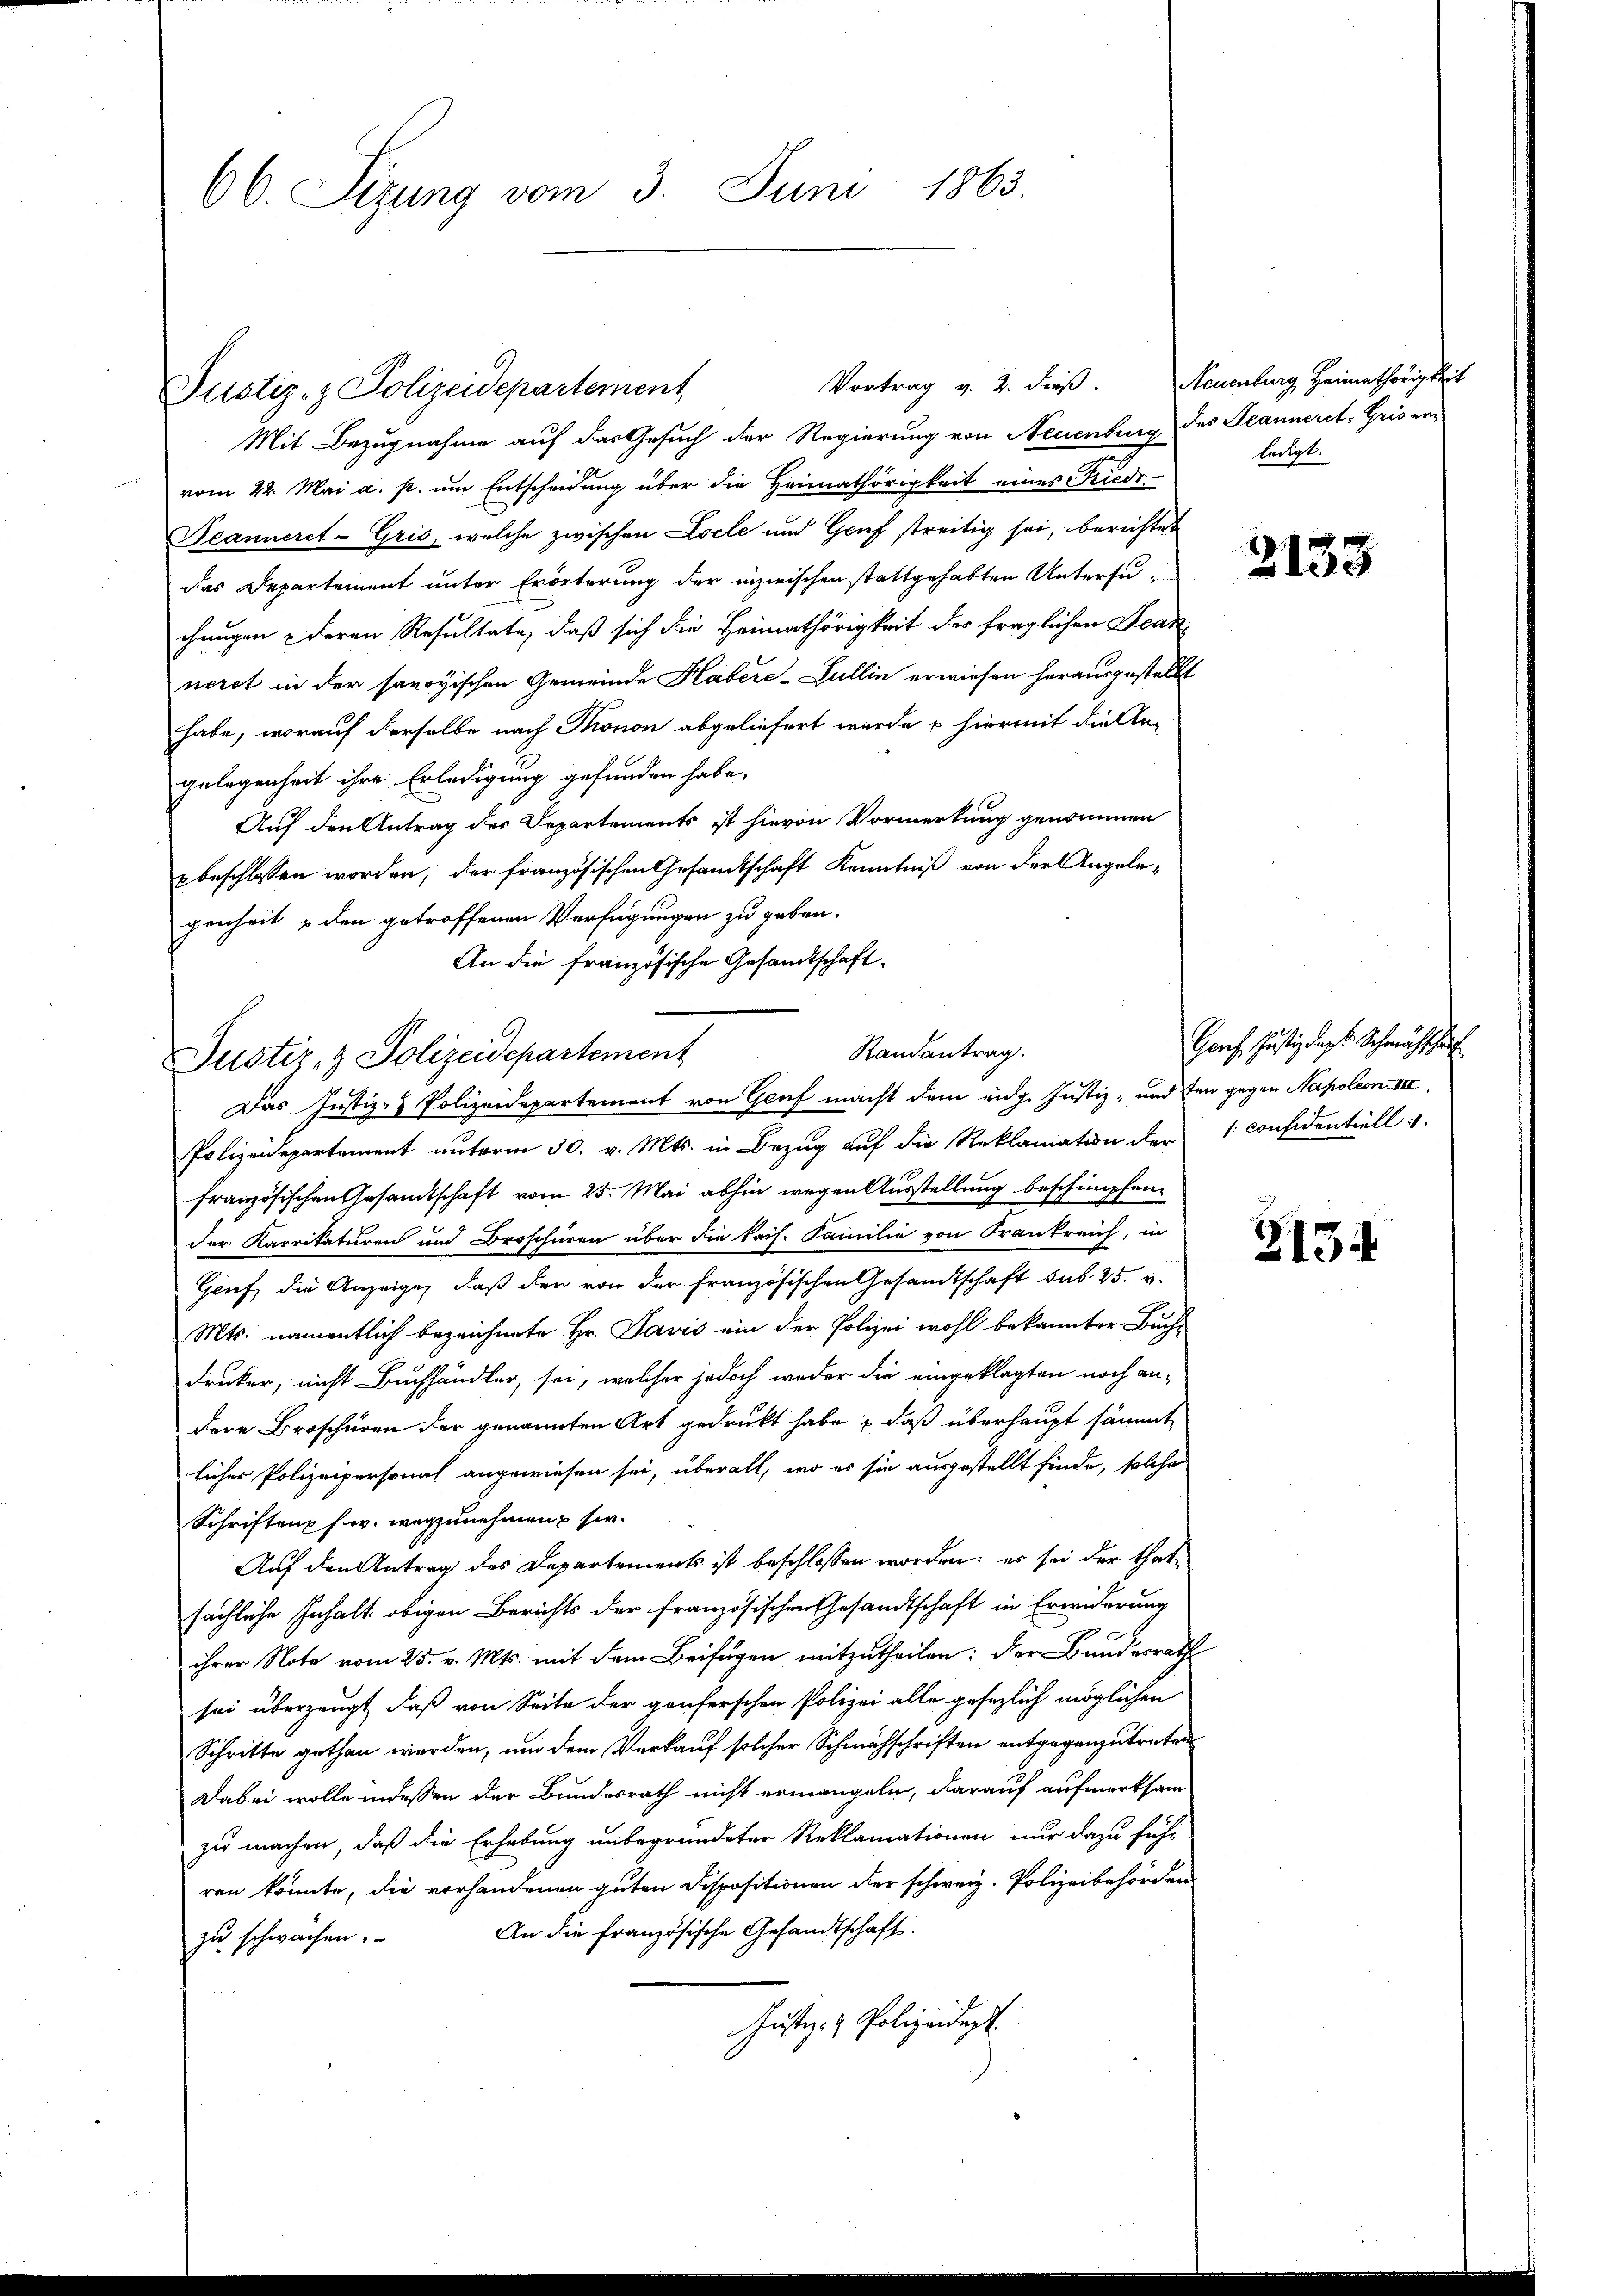
66. Sizung vom 3. Juni 1863.

Mit Bezugnahme auf das Gesuch der Regierung von Neuenburg des Jeanneret Gris ervom 22. Mai a. p. um Entscheidung über die Heimathörigkeit eines Friede
Neanneret-Gris, welche zwischen Locle und Genf streitig sei, berichtet
das Departement unter Erörterung der inzwischen stattgehabten Untersu-
chungen deren Resultate, daß sich die Heimathörigkeit des fraglichen Jeanneret in der savoyischen Gemeinde Häbere-Gullin erwiesen herausgestellt
habe, worauf derselbe nach Thonon abgeliefert wurde & hiermit die Angelegenheit ihre Erledigung gefunden habe.
Auf den Antrag des Departements ist hievon Vormerkung genommen
pbeschlossen worden; der französischen Gesandtschaft Kenntniß von der Angele-
genheit den getroffenen Verfügungen zu geben.
An die französische Gesandtschaft
Polizeidepartement unterm 30. v. Mts. in Bezug auf die Reklamation der considentiell
französischen Gesandtschaft vom 25. Mai abhin wegen Ausstellung beschimpfen.
der Karrikaturen und Droschüren über die kais. Familie von Frankreich, in
Geuf, die Anzeige, daß der von der französischen Gesandtschaft sub. 25. v.
Mts. namentlich bezeichnete Hr. Savis ein der Polizei wohl bekannter Buchdrucker, nicht Buchhändler, sei, welcher jedoch weder die eingeklagten noch andere Broschüren der genannten Art gedruckt habe & daß überhaupt sämmt
licher Polizeipersonal angewiesen sei, überall, wo es sie ausgestellt finde, solche
Schriften s. w. wegzunehmen u sie.
Auf den Antrag des Departements ist beschlossen worden; er sei der thatsächliche Inhalt obigen Berichts der französischen Gesandtschaft in Erwiderung
ihrer Note vom 25. v. Mts. mit dem Beifügen mitzutheilen; der Bundesrath
sei überzeugt, daß von Seite der genferschen Polizei alle gesezlich möglichen
Schritte gethan werden, um dem Verkauf solcher Schmähschriften entgegenzutreten
Dabei wolle indessen der Bundesrath nicht ermangeln, darauf aufmerksam
zu machen, daß die Erhebung unbegründeter Reklamationen nur dazu führ
ren könnte, die vorhandenen guten Dispositionen der schweiz. Polizeibehörden
An die französische Gesandtschaft.
zu schwachen.
Justiz- & Polizeident.

Justiz- & Polizeidepartement

Justiz- & Polizeidepartement

Randantrag.
Das Justiz- & Polizeidepartement von Genf macht dem eidg. Justiz- und den gegen Napoleon III

Vortrag v. 2. dieß. Neuenburg Heimathörigkeit
ledigt.

2133

Genf, Justiz das Schwachschaf

2134